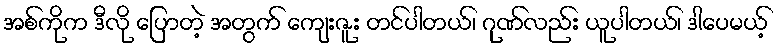
အစ်ကိုက ဒီလို ပြောတဲ့ အတွက် ကျေးဇူး တင်ပါတယ်၊ ဂုဏ်လည်း ယူပါတယ်၊ ဒါပေမယ့်